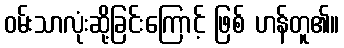
ဝမ်းသာလုံးဆို့ခြင်းကြောင့် ဖြစ် ဟန်တူ၏။